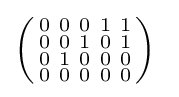
\left({\begin{smallmatrix}0\\0\\0\\0\end{smallmatrix}}{\begin{smallmatrix}0\\0\\1\\0\end{smallmatrix}}{\begin{smallmatrix}0\\1\\0\\0\end{smallmatrix}}{\begin{smallmatrix}1\\0\\0\\0\end{smallmatrix}}{\begin{smallmatrix}1\\1\\0\\0\end{smallmatrix}}\right)\